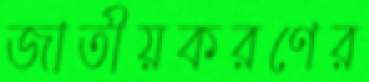
জাতীয়করণের